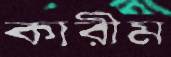
কারীম